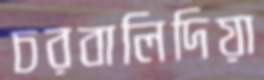
চরবালিদিয়া